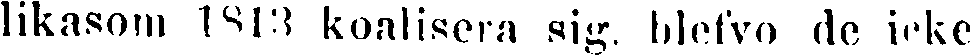
likasom 1813 koalisera sig, blefvo de icke